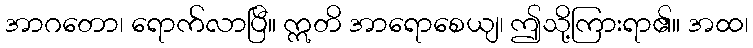
အာဂတော၊ ရောက်လာပြီ။ ဣတိ အာရောစေယျ၊ ဤသို့ကြားရာ၏။ အထ၊